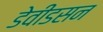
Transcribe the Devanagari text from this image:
डेवीडसन